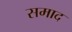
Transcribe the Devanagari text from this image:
समाद